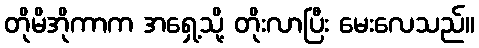
တိုမိအိုကာက အရှေ့သို့ တိုးလာပြီး မေးလေသည်။